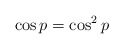
\begin{align*}\cos p=\cos^2 p\end{align*}